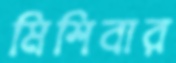
মিশিবার